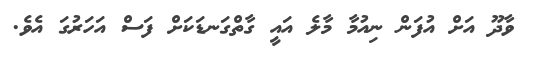
ވާދޫ އަށް އުފަން ނިއުމާ މާލެ އައީ ގާތްގަނޑަކަށް ފަސް އަހަރުގަ އެވެ.